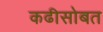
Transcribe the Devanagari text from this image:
कढीसोबत